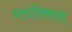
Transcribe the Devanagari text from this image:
ग्लायिकाल